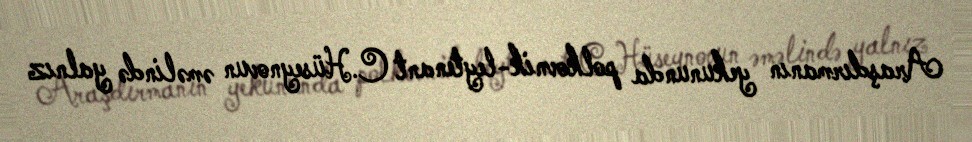
Araşdırmanın yekununda polkovnik-leytenant C.Hüseynovun əməlində yalnız